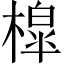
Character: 槹